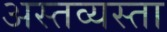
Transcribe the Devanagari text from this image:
अस्तव्यस्ता